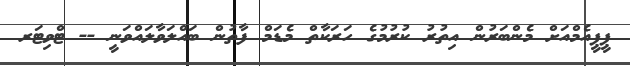
ޕީޕީއެމްއަށް މެންބަރުން އިތުރު ކުރުމުގެ ހަރަކާތް މެޑަމް ފާތުން ބައްލަވާލައްވަނީ -- ޓްވިޓަރ